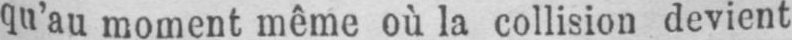
qu’au moment même où la collision devient